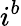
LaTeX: i^{b}